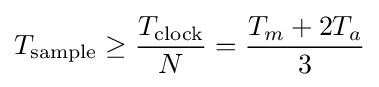
T_{\text{sample}}\geq {\frac {T_{\text{clock}}}{N}}={\frac {T_{m}+2T_{a}}{3}}